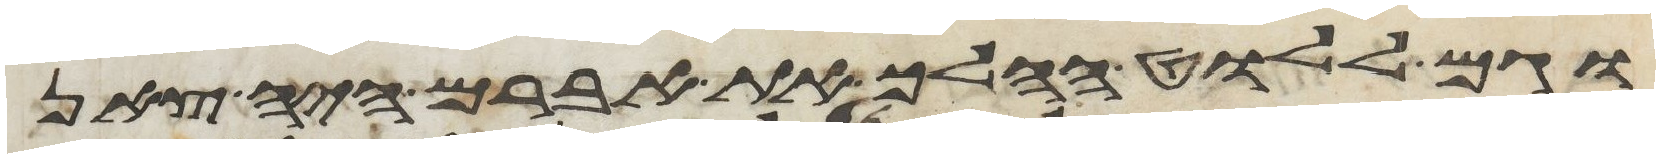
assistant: וגם ללוט ההלך את אברם היה צאן